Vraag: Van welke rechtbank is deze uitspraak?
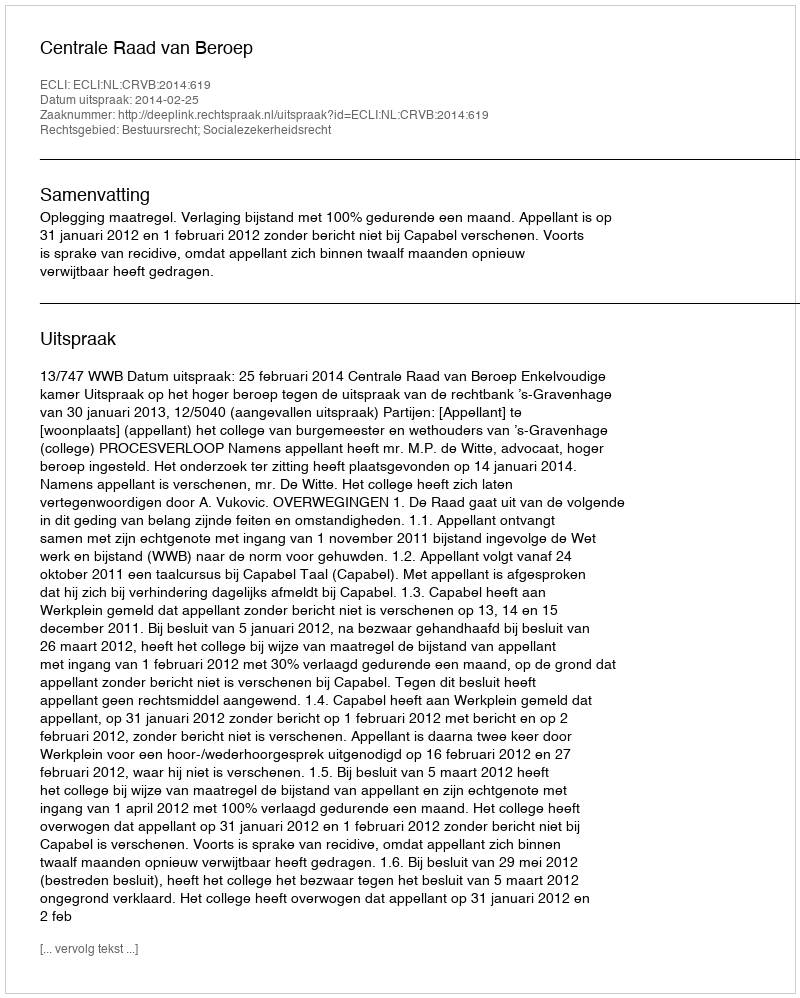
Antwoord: Centrale Raad van Beroep